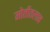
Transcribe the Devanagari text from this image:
मोतीतलाव